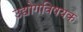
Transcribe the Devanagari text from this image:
उद्योगविषयक